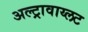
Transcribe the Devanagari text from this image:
अल्ट्रावाय्लट